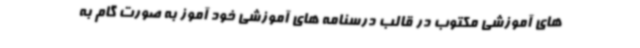
های آموزشی مکتوب در قالب درسنامه های آموزشی خود آموز به صورت گام به